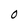
Character: O